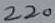
Text: 220